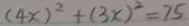
( 4 x ) ^ { 2 } + ( 3 x ) ^ { 2 } = 7 5